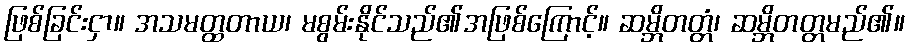
ဖြစ်ခြင်းငှာ။ အသမတ္ထတာယ၊ မစွမ်းနိုင်သည်၏အဖြစ်ကြောင့်။ ဆမ္ဘိတတ္တံ၊ ဆမ္ဘိတတ္တမည်၏။